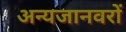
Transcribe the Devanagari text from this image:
अन्यजानवरों